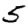
Digit: 5